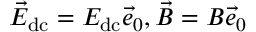
\vec { E } _ { \mathrm { d c } } = E _ { \mathrm { d c } } \vec { e } _ { 0 } , \vec { B } = B \vec { e } _ { 0 }